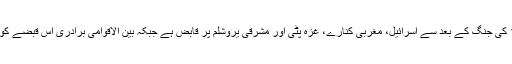
واضح رہے کہ 1967 کی جنگ کے بعد سے اسرائیل، مغربی کنارے، غزہ پٹی اور مشرقی یروشلم پر قابض ہے جبکہ بین الاقوامی برادری اس قبضے کو غیر قانونی مانتی ہے۔